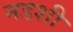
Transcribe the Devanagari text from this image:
नडशी